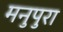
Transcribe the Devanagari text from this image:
मनुपुरा